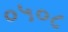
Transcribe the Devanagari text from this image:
०५०८